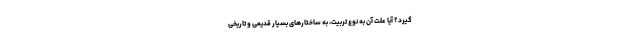
گیرد؟ آیا علت آن به نوعِ تربیت، به ساختارهای بسیار قدیمی و تاریخی